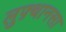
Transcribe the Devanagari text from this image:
लुफ़्थानसा